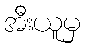
အီးယူမှ